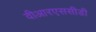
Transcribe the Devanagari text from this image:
वीआरएससीडी